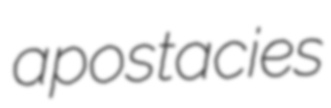
apostacies